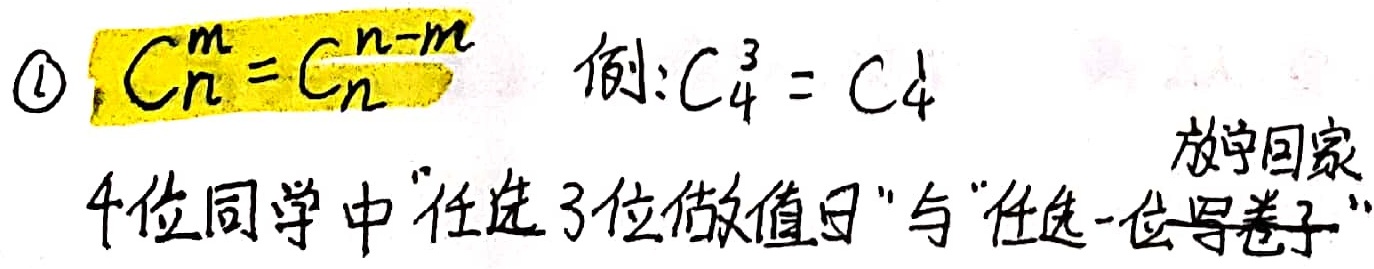
\textcircled{1} \(C_{n}^{m}=C_{n}^{n - m}\) 例：\(C_{4}^{3}=C_{4}^{1}\)，4位同学中“任选3位做值日”与“任选一位写卷子，放学回家”